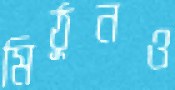
মিঠুনও